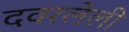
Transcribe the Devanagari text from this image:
दवरलेली